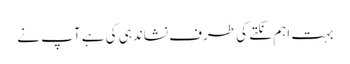
بہت اہم نکتے کی طرف نشاندہی کی ہے آپ نے